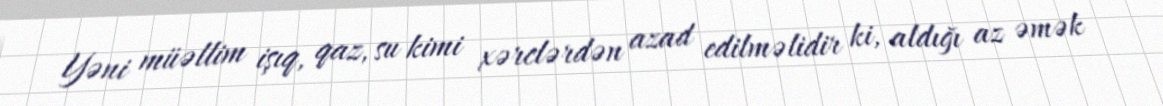
Yəni müəllim işıq, qaz, su kimi xərclərdən azad edilməlidir ki, aldığı az əmək